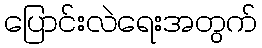
ပြောင်းလဲရေးအတွက်